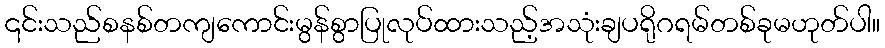
၎င်းသည်စနစ်တကျကောင်းမွန်စွာပြုလုပ်ထားသည့်အသုံးချပရိုဂရမ်တစ်ခုမဟုတ်ပါ။